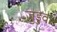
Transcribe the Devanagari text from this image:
जुडुवा